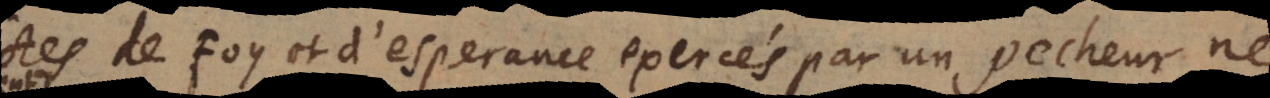
Actes de foy et d’esperance exercés par un pecheur ne